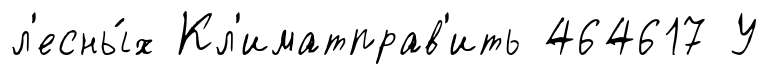
л'есны́х Кл'иматправ'ить 464617 У